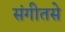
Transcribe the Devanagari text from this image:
संगीतसे